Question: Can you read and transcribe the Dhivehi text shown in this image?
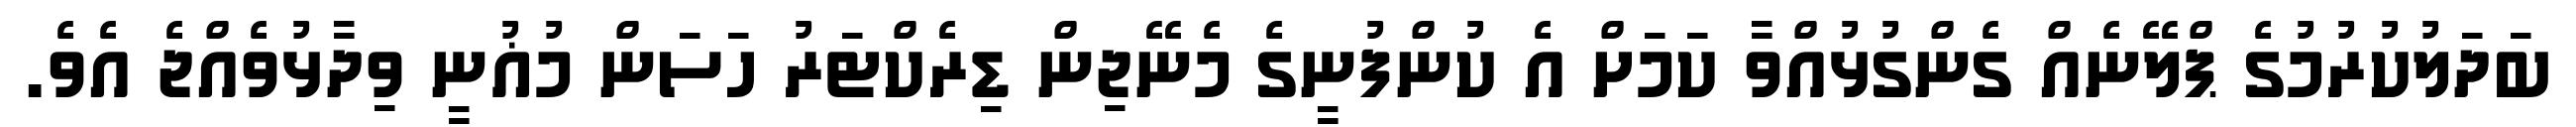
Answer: ބަދަލުކުރުމުގެ ޕްލޭނެއް ގެންގުޅުއްވާ ކަމަށް އެ ކުންފުނީގެ މެނޭޖިން ޑިރެކްޓަރު ހަސަން މުޣުނީ ވިދާޅުވެއްޖެ އެވެ.